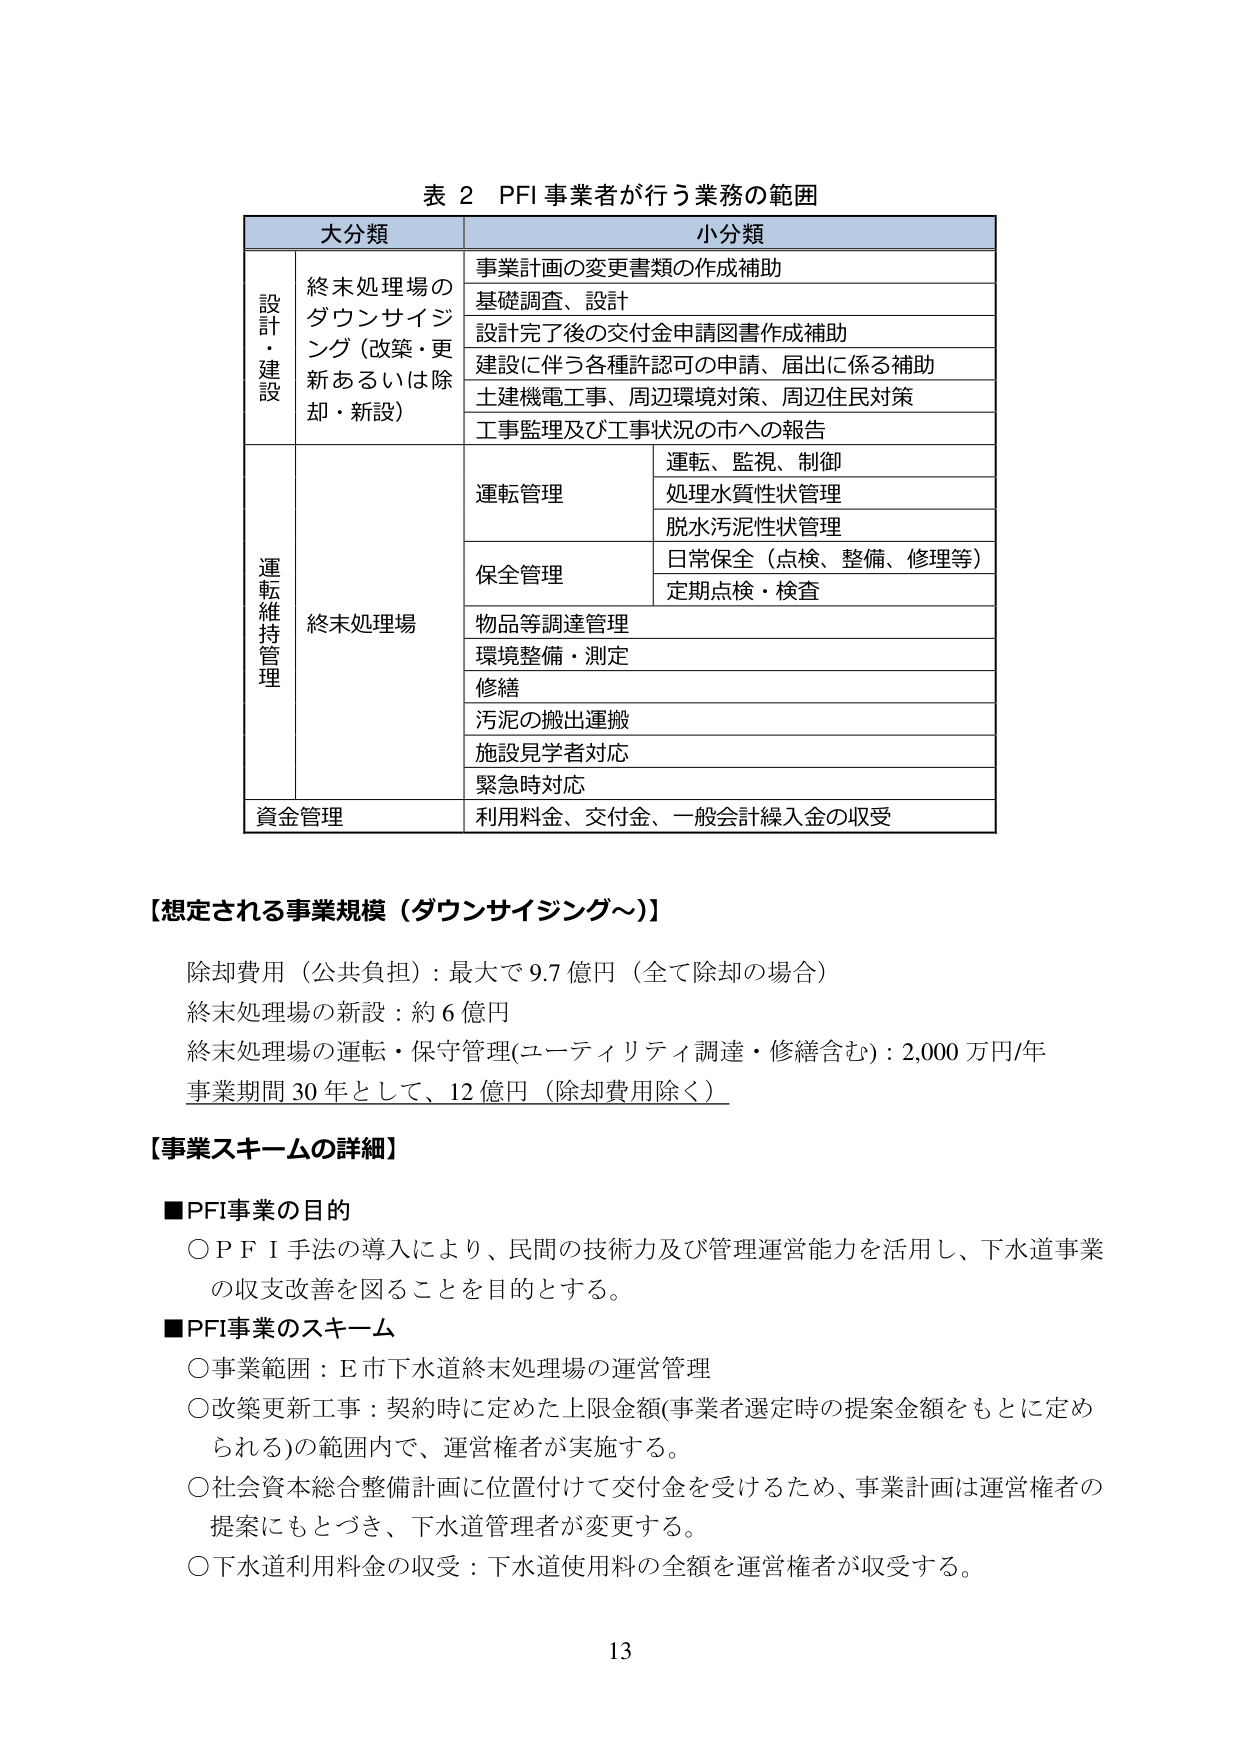
表 2 PFI 事業者が行う業務の範囲

大分類 小分類

設計・建設 終末処理場のダウンサイジング（改築・更新あるいは除却・新設） 事業計画の変更書類の作成補助
基礎調査、設計
設計完了後の交付金申請図書作成補助
建設に伴う各種許認可の申請、届出に係る補助
土建機電工事、周辺環境対策、周辺住民対策
工事監理及び工事状況の市への報告

運転維持管理 終末処理場 運転管理 運転、監視、制御
処理水質性状管理
脱水汚泥性状管理
保全管理 日常保全（点検、整備、修理等）
定期点検・検査
物品等調達管理
環境整備・測定
修繕
汚泥の搬出運搬
施設見学者対応
緊急時対応

資金管理 利用料金、交付金、一般会計繰入金の収受

【想定される事業規模（ダウンサイジング～）】

除却費用（公共負担）：最大で 9.7 億円（全て除却の場合）
終末処理場の新設：約 6 億円
終末処理場の運転・保守管理（ユーティリティ調達・修繕含む）：2,000 万円/年
事業期間 30 年として、12 億円（除却費用除く）

【事業スキームの詳細】

■PFI事業の目的
○PFI手法の導入により、民間の技術力及び管理運営能力を活用し、下水道事業の収支改善を図ることを目的とする。

■PFI事業のスキーム
○事業範囲：E市下水道終末処理場の運営管理
○改築更新工事：契約時に定めた上限金額（事業者選定時の提案金額をもとに定められる）の範囲内で、運営権者が実施する。
○社会資本総合整備計画に位置付けて交付金を受けるため、事業計画は運営権者の提案にもとづき、下水道管理者が変更する。
○下水道利用料金の収受：下水道使用料の全額を運営権者が収受する。

13